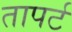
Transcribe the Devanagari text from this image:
तापर्ट